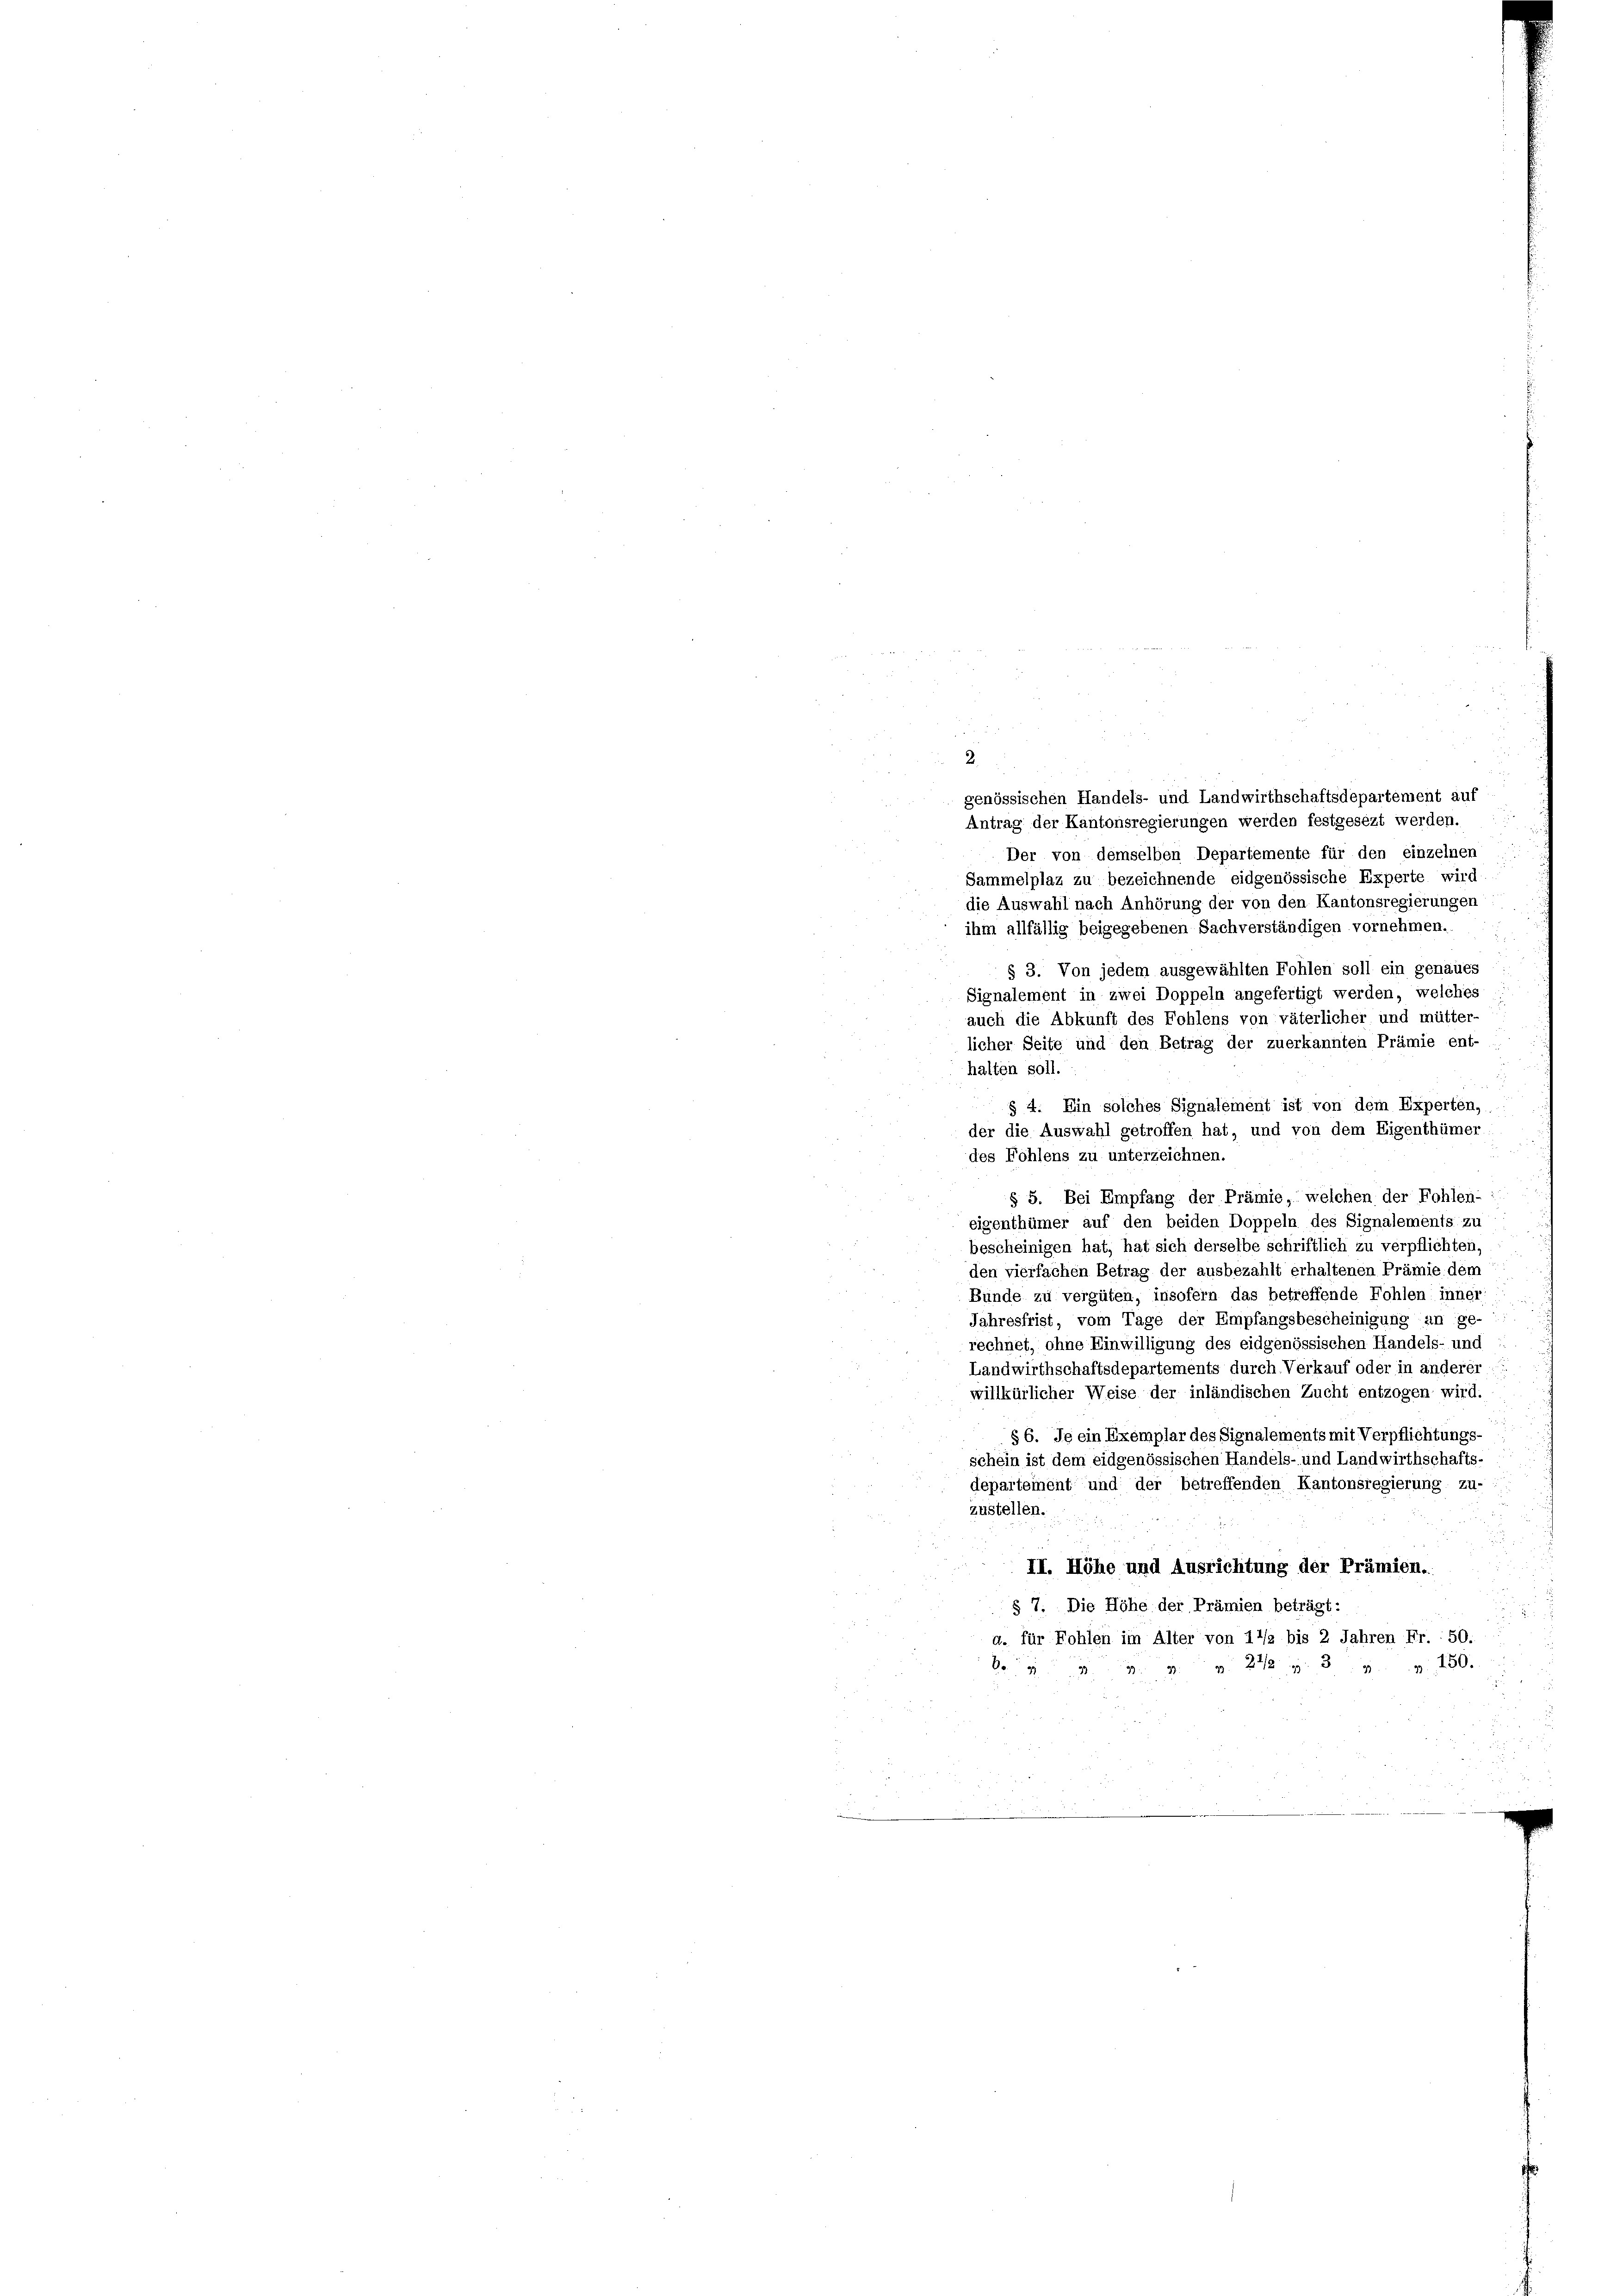
genössischen Handels- und Landwirthschaftsdepartement auf
Antrag der Kantonsregierungen werden festgesezt werden.
Der von demselben Departemente für den einzelnen
Sammelplaz zu bezeichnende eidgenössische Experte wird
die Auswahl nach Anhörung der von den Kantonsregierungen
ihm allfällig beigegebenen Sachverständigen vornehmen.
§ 3. Von jedem ausgewählten Fohlen soll ein genaues
Signalement in zwei Doppeln angefertigt werden, welches
auch die Abkunft des Fohlens von väterlicher und mütter-
licher Seite und den Betrag der zuerkannten Prämie ent-
halten soll.
§ 4. Ein solches Signalement ist von dem Experten,
der die Auswahl getroffen hat, und von dem Eigenthümer
des Fohlens zu unterzeichnen.
§ 5. Bei Empfang der Prämie, welchen der Fohlen- ::
eigenthümer auf den beiden Doppeln des Signalements zu
bescheinigen hat, hat sich derselbe schriftlich zu verpflichten,
den vierfachen Betrag der ausbezahlt erhaltenen Prämie dem
Bünde zu vergüten, insofern das betreffende Fohlen inner
Jahresfrist, vom Tage der Empfangsbescheinigung an ge-
rechnet, ohne Einwilligung des eidgenössischen Handels- und
Landwirthschaftsdepartements durch Verkauf oder in anderer
willkürlicher Weise der inländischen Zucht entzogen wird.
§ 6. Je ein Exemplar des Signalements mit Verpflichtungs-
schein ist dem eidgenössischen Handels- und Landwirthschafts-
departement und der betreffenden Kantonsregierung zu-
zustellen.

II. Höhe und Ausrichtung der Prämien.
§ 7. Die Höhe der Prämien beträgt:
a. für Fohlen im Alter von 11/2 bis 2 Jahren Fr. 50.
o . . . 242 n 3. 4. 150.